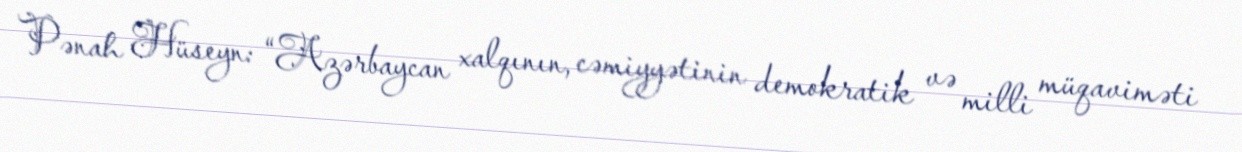
Pənah Hüseyn: “Azərbaycan xalqının, cəmiyyətinin demokratik və milli müqaviməti